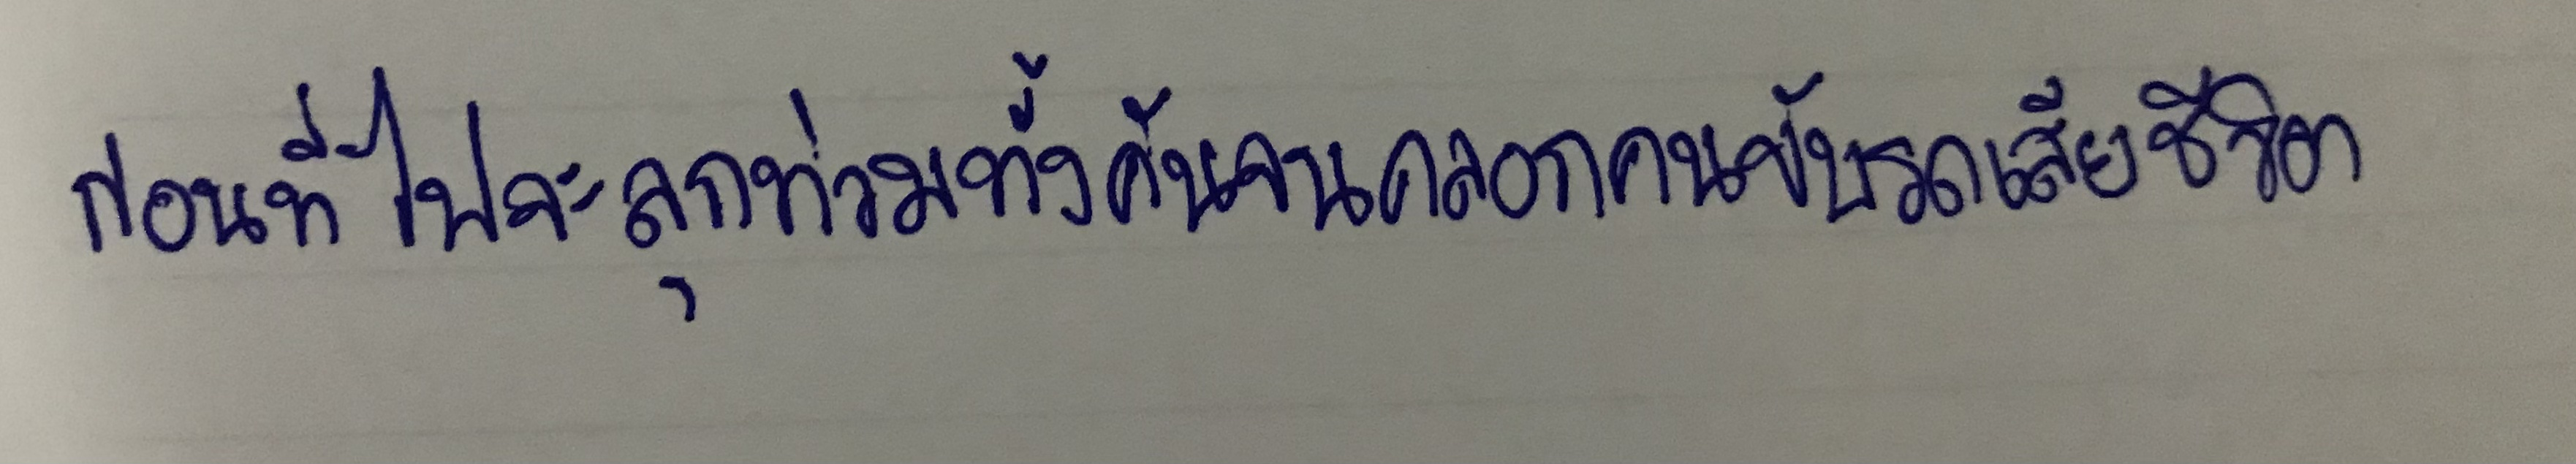
ก่อนที่ไฟจะลุกท่วมทั้งคันจนคลอกคนขับรถเสียชีวิต"